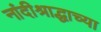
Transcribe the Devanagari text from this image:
नांदीश्राद्धाच्या